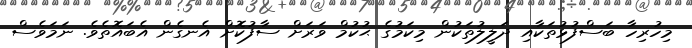
މިހުރިހާ ބަސްފުޅުތަކާއި ދަލީލުތަކުން މިކަމުގެ ޙުކުމް ވަރަށް ސާފުކޮށް އެނގެން އެބައޮތެވެ. ނަމަވެސް